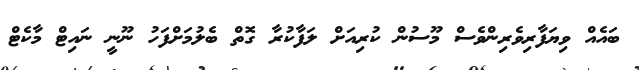
ބައެއް ވިޔަފާރިވެރިންވެސް މޫސުން ކުރިއަށް ލަފާކުރާ ގޮތް ބެލުމަށްފަހު ނޫނީ ނައިޓް މާކެޓް